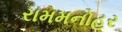
રામમનોહર